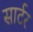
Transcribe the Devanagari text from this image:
सार्टर